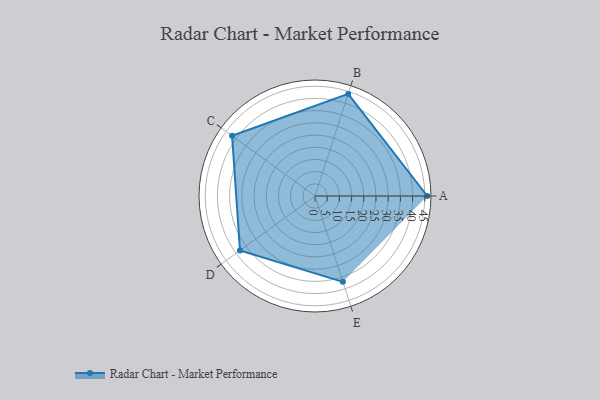
{"axis": {"x": "Skill", "y": "Score"}, "legend": ["Profile"], "data": [{"x": "A", "y": 46.0, "type": "Profile"}, {"x": "B", "y": 44.0, "type": "Profile"}, {"x": "C", "y": 42.0, "type": "Profile"}, {"x": "D", "y": 38.0, "type": "Profile"}, {"x": "E", "y": 37.0, "type": "Profile"}]}